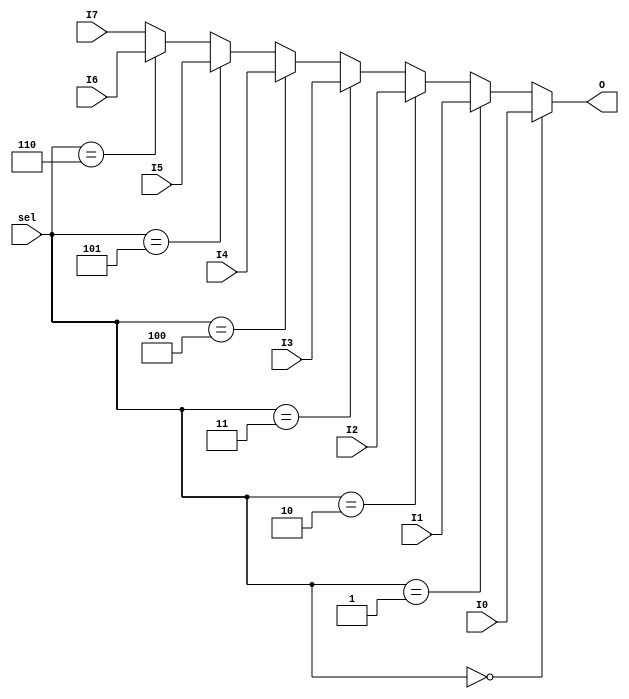
module Mux_8x1_4bit(
    input [2:0] sel,
    input [3:0] I7,I6,I5,I4,I3,I2,I1,I0,
    output [3:0] O
    );
    assign O = (sel==0)? I0:
               (sel==1)? I1:
               (sel==2)? I2:
               (sel==3)? I3:
               (sel==4)? I4:
               (sel==5)? I5:
               (sel==6)? I6:
                         I7;
endmodule